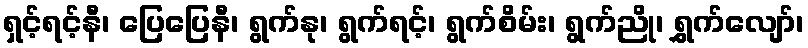
ရှင့်ရင့်နီ၊ ပြေပြေနီ၊ ရွက်နု၊ ရွက်ရင့်၊ ရွက်စိမ်း၊ ရွက်ညို၊ ရွှက်လျော်၊